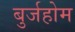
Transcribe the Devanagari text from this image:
बुर्जहोम